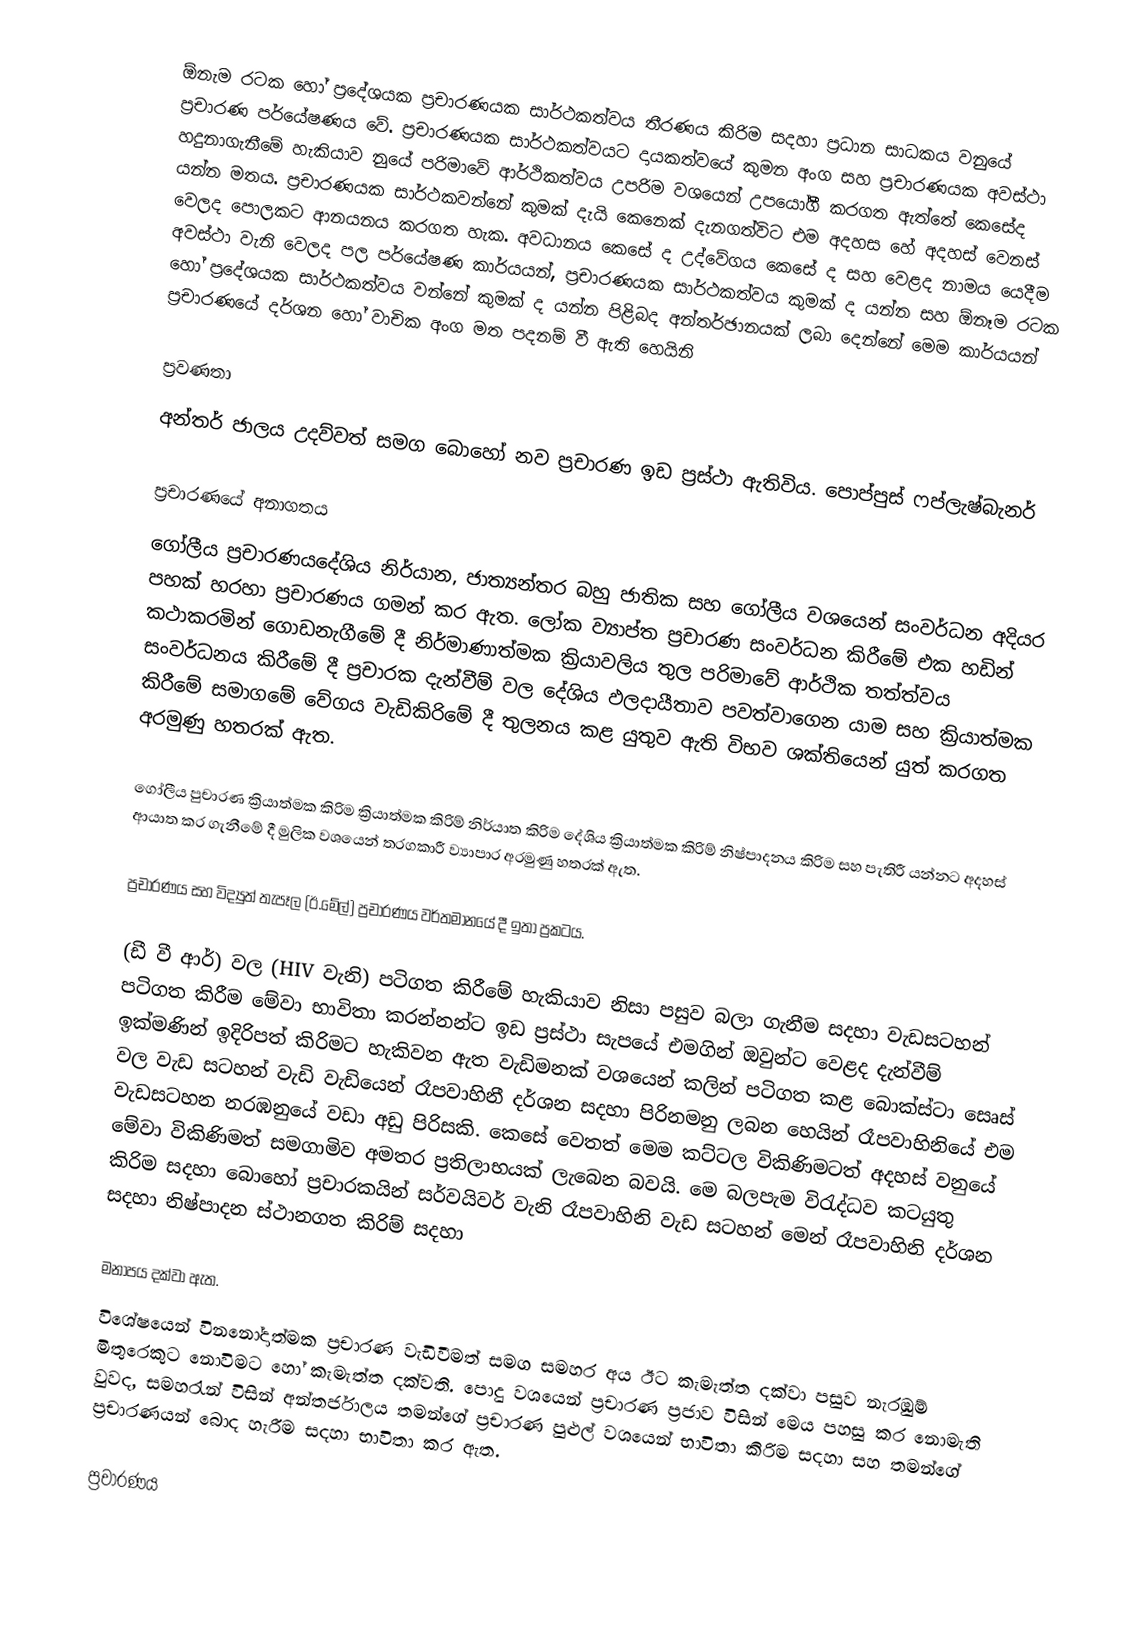
ඕනැම රටක හෝ ප්‍රදේශයක ප්‍රචාරණයක සාර්ථකත්වය තීරණය කිරිම සදහා ප්‍රධාන සාධකය වනුයේ ප්‍රචාරණ පර්යේෂණය වේ. ප්‍රචාරණයක සාර්ථකත්වයට දායකත්වයේ කුමන අංග සහ ප්‍රචාරණයක අවස්ථා හදුනාගැනීමේ හැකියාව නුයේ පරිමාවේ ආර්ථිකත්වය උපරිම වශයෙන් උපයෝගී කරගත ඇත්තේ කෙසේද යන්න මතය. ප්‍රචාරණයක සාර්ථකවන්නේ කුමක් දැයි කෙනෙක් දැනගත්විට එම අදහස හේ අදහස් වෙනස් වෙලද පොලකට ආනයනය කරගත හැක. අවධානය කෙසේ ද උද්වේගය කෙසේ ද සහ වෙළද නාමය යෙදීම අවස්ථා වැනි වෙලද පල පර්යේෂණ කාර්යයන්, ප්‍රචාරණයක සාර්ථකත්වය කුමක් ද යන්න සහ ඕනෑම රටක ‍හෝ ප්‍රදේශයක සාර්ථකත්වය වන්නේ කුමක් ද යන්න පිළිබද  අන්තර්ඡානයක් ලබා දෙන්නේ මෙම කාර්යයන් ප්‍රචාරණයේ දර්ශන හෝ වාචික අංග මත පදනම් වී ඇති හෙයිනි

ප්‍රවණතා
අන්තර් ජාලය උදව්වත් සමග බොහෝ නව ප්‍රචාරණ ඉඩ ප්‍රස්ථා ඇතිවිය. පොප්පුස් ෆප්ලැෂ්බැනර්

ප්‍රචාරණයේ අනාගතය
ගෝලීය ප්‍රචාරණයදේශිය නිර්යාන, ජාත්‍යන්තර බහු ජාතික සහ ගෝලීය වශයෙන් සංවර්ධන අදියර  පහක් හරහා ප්‍රචාරණය ගමන් කර ඇත. ලෝක ව්‍යාප්ත ප්‍රචාරණ සංවර්ධන කිරීමේ එක හඩින් කථාකරමින් ගොඩනැගීමේ දී නිර්මාණාත්මක ක්‍රියාවලිය තුල පරිමාවේ ආර්ථික තත්ත්වය සංවර්ධනය කිරීමේ දී ප්‍රචාරක දැන්වීම් වල දේශිය ඵලදායීතාව පවත්වාගෙන යාම සහ ක්‍රියාත්මක කිරීමේ  සමාගමේ වේගය වැඩිකිරිමේ දී තුලනය කළ යුතුව ඇති විභව ශක්තියෙන් යුත් කරගත අරමුණු හතරක් ඇත.

ගෝලීය පුචාරණ ක්‍රියාත්මක කිරිම ක්‍රියාත්මක කිරිම් නිර්යාත  කිරිම දේශිය ක්‍රියාත්මක කිරිම්  නිෂ්පාදනය කිරිම සහ පැතිරී යන්නට අදහස් ආයාත කර ගැනීමේ දී මුලික වශයෙන් තරගකාරී ව්‍යාපාර අරමුණු හතරක්  ඇත.

ප්‍රචාරණය සහ විද්‍යුත් තැපෑල (ඊ.මේල්) ප්‍රචාරණය වර්තමානයේ දී ඉතා ප්‍රකටය.

(ඩී වී ආර්) වල (HIV වැනි) පටිගත කිරීමේ හැකියාව නිසා පසුව බලා ගැනීම සදහා වැඩසටහන් පටිගත කිරීම මේවා  භාවිතා කරන්නන්ට ඉඩ ප්‍රස්ථා සැපයේ එමගින් ඔවුන්ට වෙළද දැන්වීම් ඉක්මණින්  ඉදිරිපත්  කිරිමට  හැකිවන ඇත වැඩිමනක් වශයෙන් කලින් පටිගත  කළ බොක්ස්ටා සෙෘස් වල වැඩ සටහන් වැඩි වැඩියෙන්  රෑපවාහිනී දර්ශන සදහා පිරිනමනු ලබන හෙයින් රෑපවාහිනියේ  එම වැඩසටහන නරඹනුයේ වඩා අඩු පිරිසකි. කෙසේ වෙතත් මෙම කට්ටල විකිණිමටත් අදහස් වනුයේ මේවා විකිණිමත් සමගාමිව අමතර ප්‍රතිලාභයක් ලැබෙන බවයි. මෙ බලපැම විරැද්ධව කටයුතු කිරිම සදහා බොහෝ ප්‍රචාරකයින්  සර්වයිවර් වැනි රෑපවාහිනි වැඩ සටහන් මෙන්  රෑපවාහිනි දර්ශන සදහා නිෂ්පාදන ස්ථානගත කිරිම් සදහා

මනාපය දක්වා ඇත.
විශේෂයෙන් වින‍නෝදාත්මක ප්‍රචාරණ වැඩිවීමත් සමග සමහර අය ඊට කැමැත්ත දක්වා පසුව නැරඹුම් මිතුරෙකුට නොවිමට හෝ කැමැත්ත දක්වති. පොදු වශයෙන් ප්‍රචාරණ ප්‍රජාව විසින් මෙය පහසු කර නොමැති වුවද, සමහරැන් විසින් අන්තර්ජාලය තමන්ගේ ප්‍රචාරණ පුළුල් වශයෙන්  භාවිතා කිරිම සදහා සහ තමන්‍ගේ ප්‍රචාරණයන්  බොද  හැරීම  සදහා භාවිතා කර ඇත.

ප්‍රචාරණය